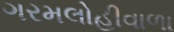
ગરમલોહીવાળા